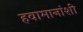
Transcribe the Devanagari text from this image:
हवामानांशी